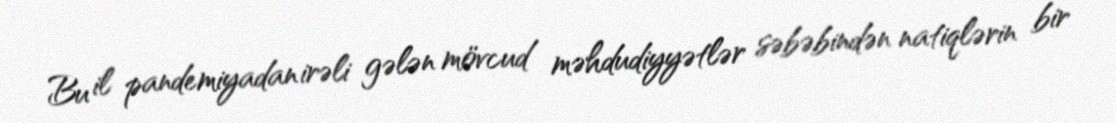
Bu il pandemiyadan irəli gələn mövcud məhdudiyyətlər səbəbindən natiqlərin bir